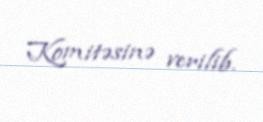
Komitəsinə verilib.